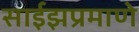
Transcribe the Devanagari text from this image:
साईझप्रमाणे